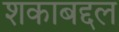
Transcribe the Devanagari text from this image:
शकाबद्दल